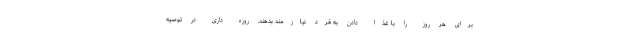
برای هر روز را با غذا دادن به فرد نیازمند بدهند. روزه داری در توصیه